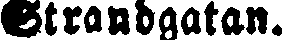
Strandgatan.